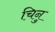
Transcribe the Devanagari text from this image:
चिनु